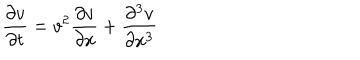
LaTeX: { \frac { \partial v } { \partial t } } = v ^ { 2 } { \frac { \partial v } { \partial x } } + { \frac { \partial ^ { 3 } v } { \partial x ^ { 3 } } }